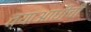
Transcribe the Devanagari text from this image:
त्याआधीची